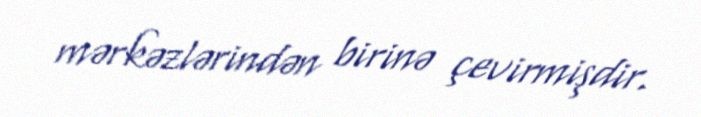
mərkəzlərindən birinə çevirmişdir.